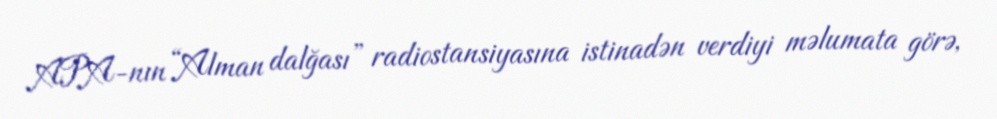
APA-nın “Alman dalğası” radiostansiyasına istinadən verdiyi məlumata görə,